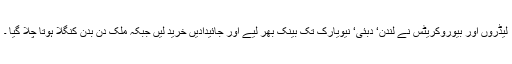
لیڈروں اور بیوروکریٹس نے لندن‘ دبئی‘ نیویارک تک بینک بھر لیے اور جائیدادیں خرید لیں جبکہ ملک دن بدن کنگلا ہوتا چلا گیا ۔